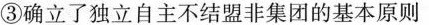
③确立了独立自主不结盟非集团的基本原则